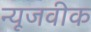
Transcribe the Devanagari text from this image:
न्‍यूजवीक